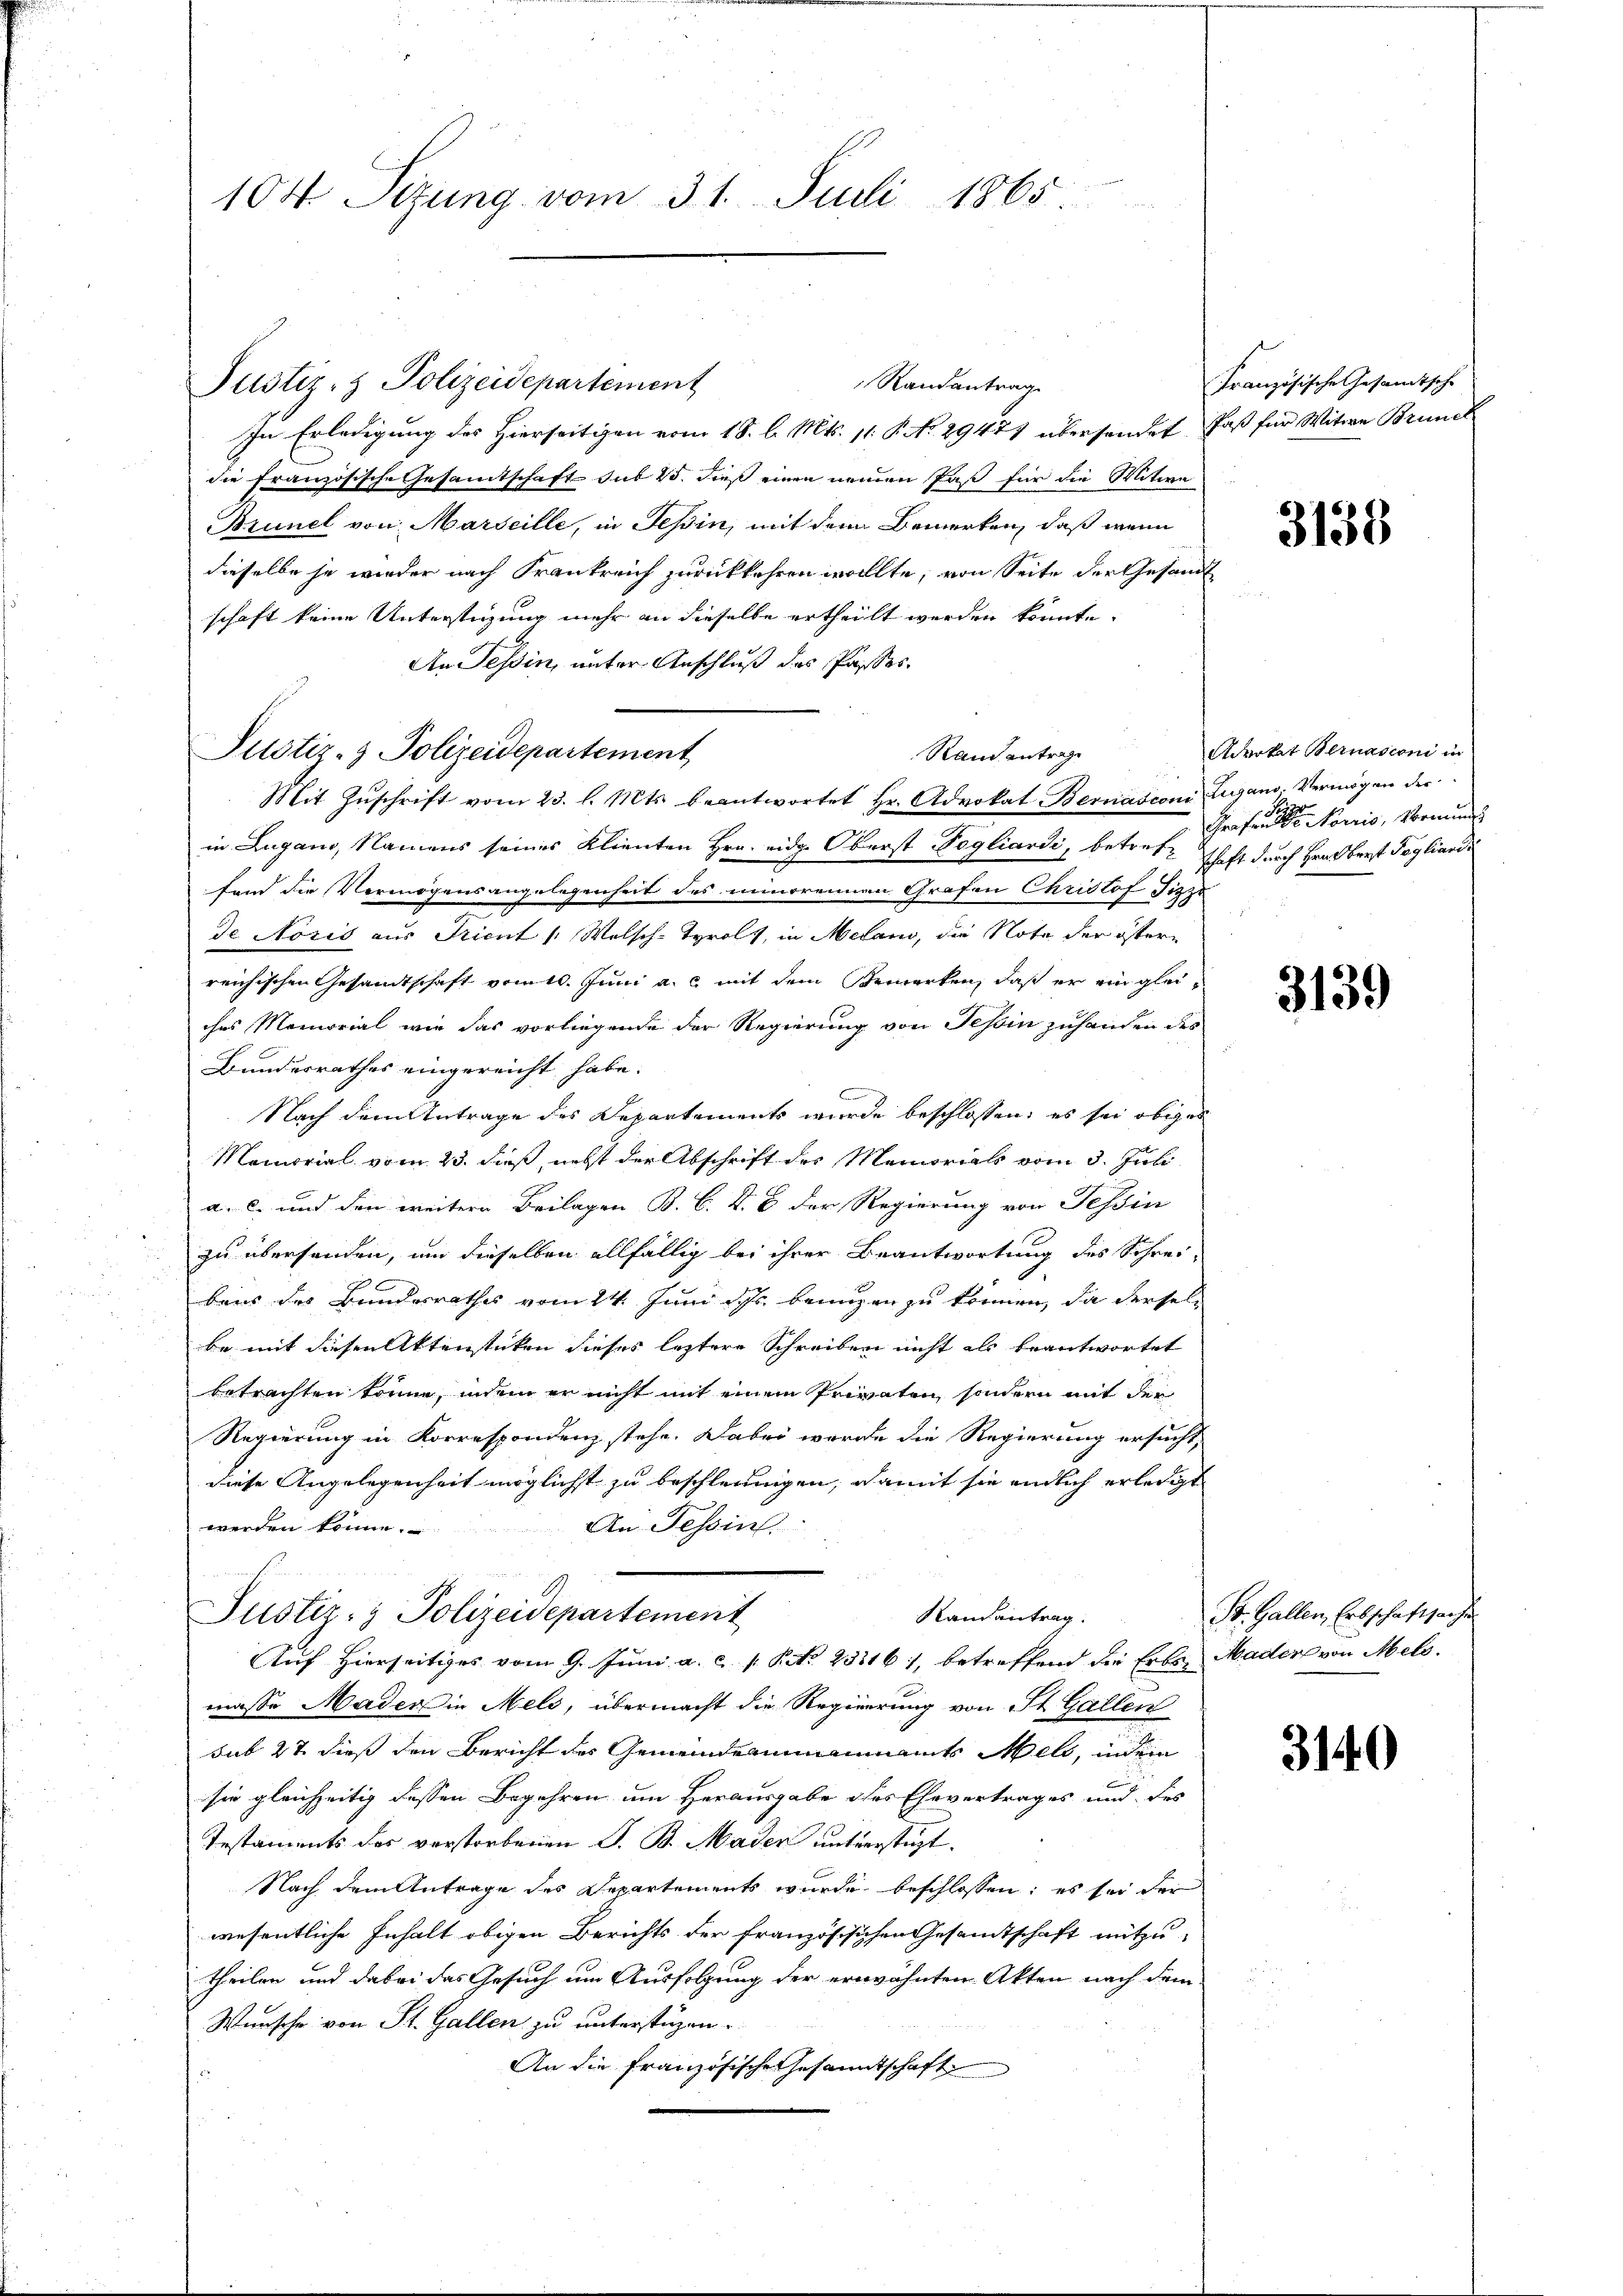
104 Sezung vom 31. Juli 1865

Randantrag
Justiz- & Polizeidepartement
In Erledigung des Hierseitigen vom 18. l. Mts. 11. P. No. 29471 überhander Paß für Witwe Brune
die französische Gesamtschaft zur 15 dieß einen neuen Paß für die Witwe
Brunel von Marseille, in Teßin, mit dem Bemerken, daß wenn
dieselbe je wieder nach Frankreich zurückkehren wollte, von Seite der Gesandt
schaft keine Unterstüzung mehr an dieselbe ertheilt werden könnte.
An Tessin, unter Anschluß des Passes.
Rand antrage
Mit Zŭschrift vom 23. l. Mts. beantwortet Hr. Advokat Bernasconi, Zugano. Vermögen der
in Lugano, Namens seines Klienten Hrn. eidg. Oberst Pogliardi, betreff schaft durch Graubert Taglian
fand die Vermögensangelegenheit des minorennen Grafen Christof Sizze
de Noris aus Trient /: Welsch-Tyrolz, in Melano, die Nota der östern
reichischen Gesandtschaft vom 10. Juni a. c. mit dem Bemerken, daß er ein gleiches Memorial wie das vorliegende der Regierung von Tessin zuhanden des
Bundesrathes eingereicht habe.
b
Nach dem Antrage des Departements wurde beschlossen, es sei obiger
Momorial vom 23. dieß, nebst der Abschrift des Memorials vom 3. Juli
a. c. und den weitere Beilagen B. C. D. B. der Regierung von Tessin
zu übersanden, um dieselben allfällig bei ihrer Beantwortung des Schrei-
bais des Bundesrathes vom 24. Juni d. Js. benuzen zu können, da derselbe mit diesen Aktenstücken dieses leztere Schreiben nicht als beantwortet
betrachten könne, indem er nicht mit einem Privaten, sondern mit der
Regierung in Korrespondenz stehe. Dabei werde die Regierung ersucht,
diese Angelegenheit möglichst zu beschleunigen, damit sie endlich erledigt
werden könne.
An Tessin.
Justiz- & Polizeidepartement
Randantrag.
Auf Hierseitiges vom 9. Juni a. c. 1. P. No. 233161, betreffend die Erbs Madere von Mels.
masse Mader in Meli, übermacht die Regierung von St. Gallen
sub 27 dieß den Bericht der Gemeindeammannamts Wels, indem
sie gleichzeitig dessen Begehren um Herausgabe des Ehevertrages und des
Testaments des verstorbenen S. B. Maden unterstüzt.
Nach dem Antrage des Departements wurde beschlossen; es sei der
wesentliche Inhalt obigen Berichts der französischen Gesandtschaft mitzu-
theilen und dabei das Gesuch um Ausfolgung der erwähnten Akten nach dem
Wunsche von St. Gallen zu unterstüzen.
An die französische Gesammtschaft

Justiz- & Polizeidepartement

Französische Gesandtsche

r

3138

Aarkat Bernasconi in
F
Grafen sein konis, Meinun

3139

St. Gallen, Erbschaftsache

3140